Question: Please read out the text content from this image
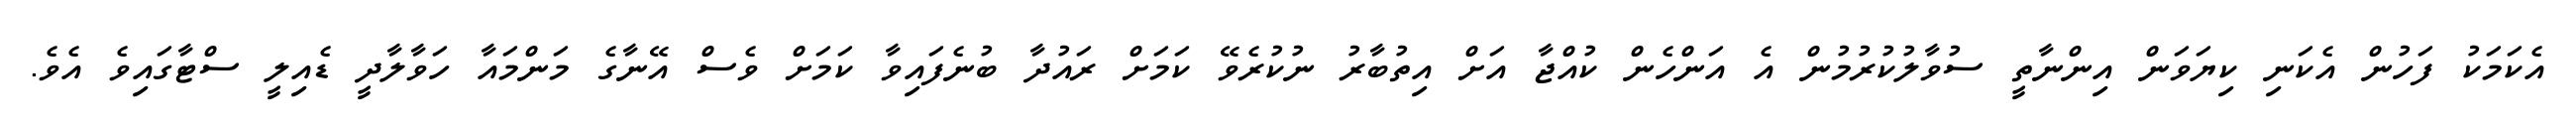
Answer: އެކަމަކު ފަހުން އެކަނި ކިޔަވަން އިންނާތީ ސުވާލުކުރުމުން އެ އަންހެން ކުއްޖާ އަށް އިތުބާރު ނުކުރެވޭ ކަމަށް ރައުދާ ބުނެފައިވާ ކަމަށް ވެސް އޭނާގެ މަންމައާ ހަވާލާދީ ޑެއިލީ ސްޓާގައިވެ އެވެ.